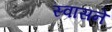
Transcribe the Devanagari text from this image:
स्वासने